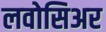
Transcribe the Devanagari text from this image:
लवोसिअर